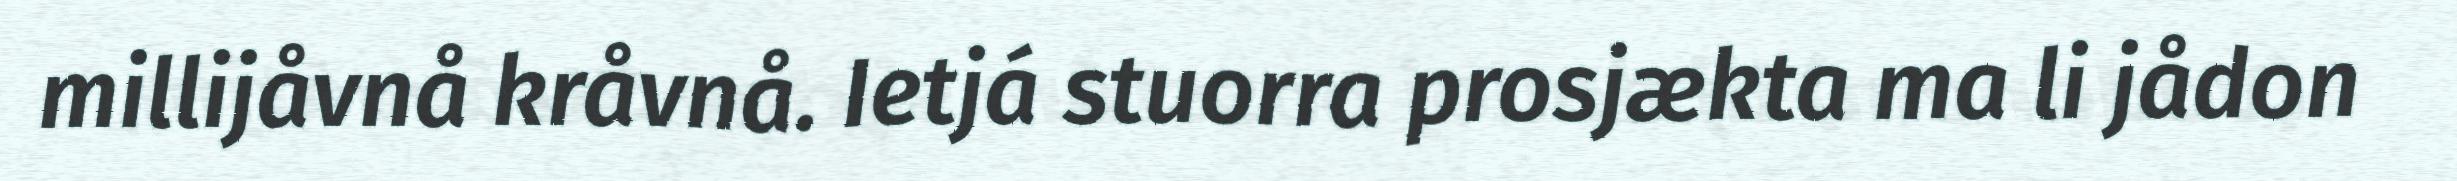
millijåvnå kråvnå. Ietjá stuorra prosjækta ma li jådon